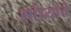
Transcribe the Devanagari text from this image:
सांध्यांचे